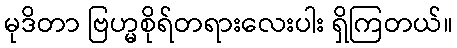
မုဒိတာ ဗြဟ္မစိုရ်တရားလေးပါး ရှိကြတယ်။